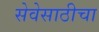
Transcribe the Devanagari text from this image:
सेवेसाठीचा